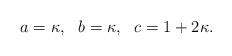
LaTeX: \begin{align*} a = \kappa,~~ b = \kappa,~~ c = 1+ 2\kappa.\end{align*}